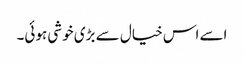
اسے اس خیال سے بڑی خوشی ہوئی۔